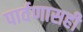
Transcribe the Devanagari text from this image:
पार्वणासही